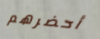
أحضرهم